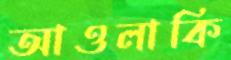
আওলাকি